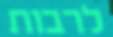
לרבות